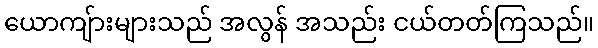
ယောကျ်ားများသည် အလွန် အသည်း ငယ်တတ်ကြသည်။